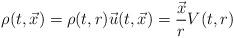
LaTeX: \begin{align*}\rho(t,\vec{x})=\rho(t,r)\vec{u}(t,\vec{x})=\frac{\vec{x}}{r}V(t,r)\end{align*}